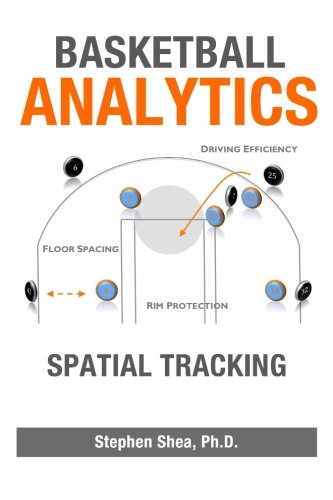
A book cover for Basketball Analytics: Spatial Tracking; Stephen M. Shea; Sports & Outdoors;